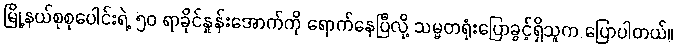
မြို့နယ်စုစုပေါင်းရဲ့ ၅၀ ရာခိုင်နှုန်းအောက်ကို ရောက်နေပြီလို့ သမ္မတရုံးပြောခွင့်ရှိသူက ပြောပါတယ်။